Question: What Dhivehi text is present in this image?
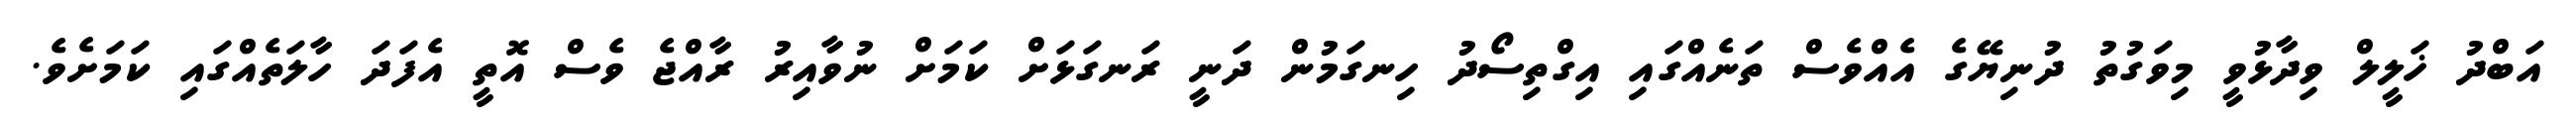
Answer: އަބްދު ޚަލީލް ވިދާޅުވީ މިވަގުތު ދުނިޔޭގެ އެއްވެސް ތަނެއްގައި އިގްތިސޯދު ހިނގަމުން ދަނީ ރަނގަޅަށް ކަމަށް ނުވާއިރު ރާއްޖެ ވެސް އޮތީ އެފަދަ ހާލަތެއްގައި ކަމަށެވެ.